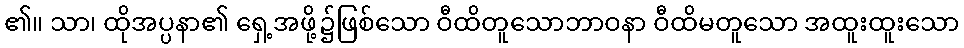
၏။ သာ၊ ထိုအပ္ပနာ၏ ရှေ့အဖို့၌ဖြစ်သော ဝီထိတူသောဘာဝနာ ဝီထိမတူသော အထူးထူးသော